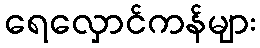
ရေလှောင်ကန်များ